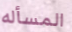
المسأله